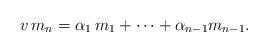
LaTeX: \begin{align*} v\,m_n=\alpha_1\,m_1+\cdots+\alpha_{n-1}m_{n-1}.\end{align*}